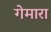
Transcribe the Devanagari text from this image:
गेमारा